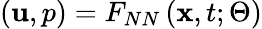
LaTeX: \left(\textbf{u},p\right)={{F}_{NN}}\left(\textbf{x},t;\Theta\right)